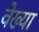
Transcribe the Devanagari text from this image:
वेख्या